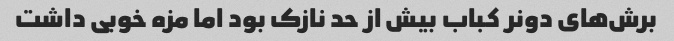
برش‌های دونر کباب بیش از حد نازک بود اما مزه خوبی داشت